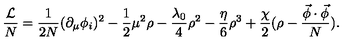
\frac { \cal L } { N } = \frac { 1 } { 2 N } ( \partial _ { \mu } \phi _ { i } ) ^ { 2 } - \frac { 1 } { 2 } \mu ^ { 2 } \rho - \frac { \lambda _ { 0 } } { 4 } \rho ^ { 2 } - \frac { \eta } { 6 } \rho ^ { 3 } + \frac { \chi } { 2 } ( \rho - \frac { \vec { \phi } \cdot \vec { \phi } } { N } ) .